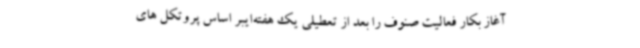
آغاز بکار فعالیت صنوف را بعد از تعطیلی یک هفته‌ایبر اساس پروتکل های